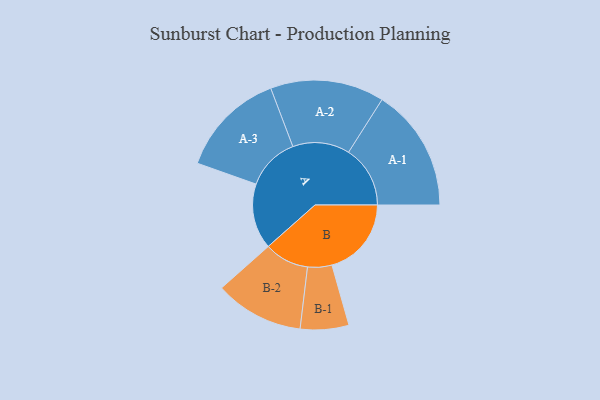
{"axis": {"x": "Segment", "y": "Value"}, "legend": ["", "A", "B"], "data": [{"x": "A", "y": 294, "type": ""}, {"x": "B", "y": 357, "type": ""}, {"x": "A-1", "y": 277, "type": "A"}, {"x": "A-2", "y": 256, "type": "A"}, {"x": "A-3", "y": 239, "type": "A"}, {"x": "B-1", "y": 109, "type": "B"}, {"x": "B-2", "y": 200, "type": "B"}]}